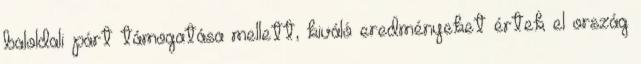
baloldali párt támogatása mellett, kiváló eredményeket értek el ország